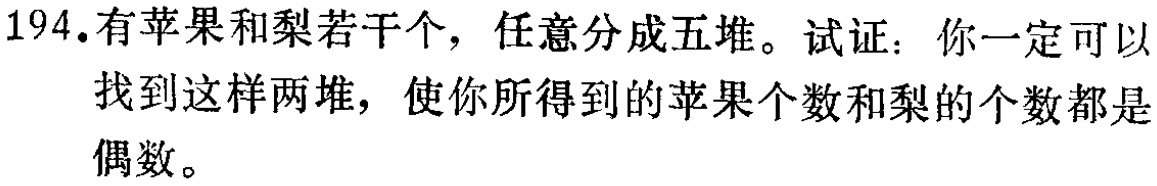
194.有苹果和梨若干个，任意分成五堆。试证：你一定可以找到这样两堆，使你所得到的苹果个数和梨的个数都是偶数。